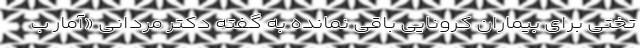
تختی برای بیماران کرونایی باقی نمانده به گفته دکتر مردانی «آمار ب